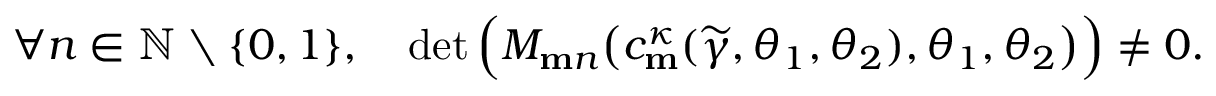
\forall n \in \mathbb { N } \setminus \{ 0 , 1 \} , \quad \operatorname* { d e t } \Big ( M _ { \mathbf { m } n } \big ( c _ { \mathbf { m } } ^ { \kappa } ( \widetilde { \gamma } , \theta _ { 1 } , \theta _ { 2 } ) , \theta _ { 1 } , \theta _ { 2 } \big ) \Big ) \neq 0 .